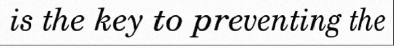
is the key to preventing the